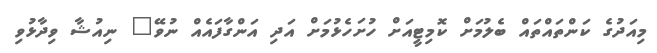
މިއަދުގެ ކަންތައްތައް ބެލުމަށް ކޮމިޓީއަށް ހުށަހެޅުމަށް އަދި އަންގާފައެއް ނުވޭ" ނިއުޝާ ވިދާޅުވި